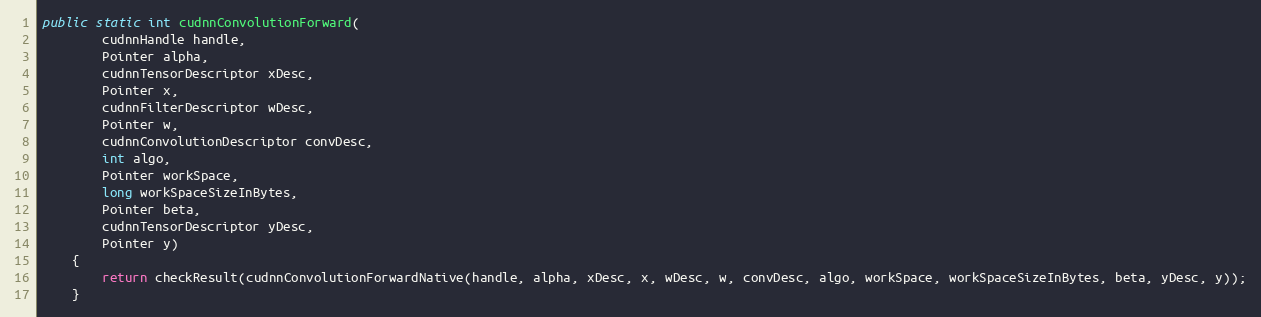
Language: Java
public static int cudnnConvolutionForward(
        cudnnHandle handle,
        Pointer alpha,
        cudnnTensorDescriptor xDesc,
        Pointer x,
        cudnnFilterDescriptor wDesc,
        Pointer w,
        cudnnConvolutionDescriptor convDesc,
        int algo,
        Pointer workSpace,
        long workSpaceSizeInBytes,
        Pointer beta,
        cudnnTensorDescriptor yDesc,
        Pointer y)
    {
        return checkResult(cudnnConvolutionForwardNative(handle, alpha, xDesc, x, wDesc, w, convDesc, algo, workSpace, workSpaceSizeInBytes, beta, yDesc, y));
    }